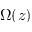
\Omega ( z )